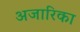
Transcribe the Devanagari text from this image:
अजारिका